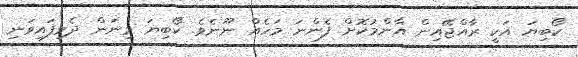
ކޯބިޔަ އަކީ ރާއްޖޭއިން އާންމުކޮށް ފެންނަ މަހެއް ނޫނެވެ. ކޯބިޔަ މިނަން ދެވިފައިވަނި